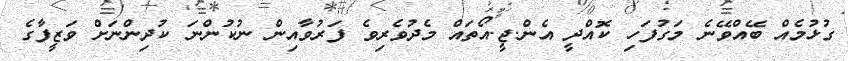
ގުޅުމެއް ބޭއްވޭނެ މަގުފަހި ކޮއްދީ އެން.ޖީ.އޯތައް މެދުވެރިވެ ފަރުވާއިން ނުކުންނަ ކުދިންނަށް ވަޒީފާގެ